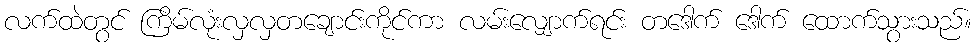
လက်ထဲတွင် ကြိမ်လုံးလှလှတချောင်းကိုင်ကာ လမ်းလျှောက်ရင်း တဒေါက် ဒေါက် ထောက်သွားသည်။